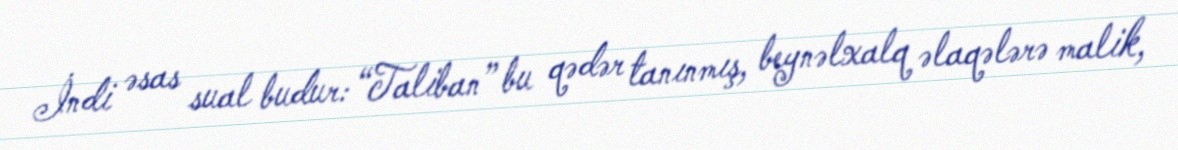
İndi əsas sual budur: “Taliban” bu qədər tanınmış, beynəlxalq əlaqələrə malik,